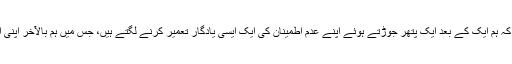
غیر ملکی میڈیا کا کہنا ہے کہ ہم ایک کے بعد ایک پتھر جوڑتے ہوئے اپنے عدم اطمینان کی ایک ایسی یادگار تعمیر کرنے لگتے ہیں، جس میں ہم بالآخر اپنی امیدوں کو دفن کر دیتے ہیں۔